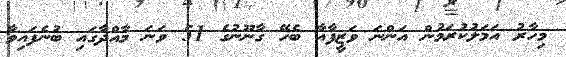
މިހާރު އަމަލުކުރަމުން އަންނަ ވަޒީފާއާ ބެހޭ ގާނޫނުގެ 51 ވަނަ މާއްދާގައި ބުނެފައިވާ